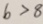
b > 8